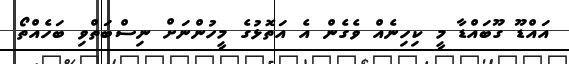
އައްޑޫ ގޫބައްޑާ މީ ކިިހިނެއް ވެގެން އެ އަތޮޅުގެ މީހުންނަށް ނިސްބަތްވި ބަހެއްތޯ